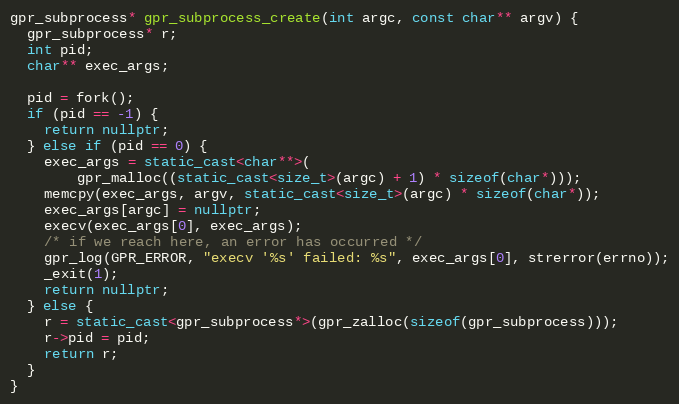
Language: C++
gpr_subprocess* gpr_subprocess_create(int argc, const char** argv) {
  gpr_subprocess* r;
  int pid;
  char** exec_args;

  pid = fork();
  if (pid == -1) {
    return nullptr;
  } else if (pid == 0) {
    exec_args = static_cast<char**>(
        gpr_malloc((static_cast<size_t>(argc) + 1) * sizeof(char*)));
    memcpy(exec_args, argv, static_cast<size_t>(argc) * sizeof(char*));
    exec_args[argc] = nullptr;
    execv(exec_args[0], exec_args);
    /* if we reach here, an error has occurred */
    gpr_log(GPR_ERROR, "execv '%s' failed: %s", exec_args[0], strerror(errno));
    _exit(1);
    return nullptr;
  } else {
    r = static_cast<gpr_subprocess*>(gpr_zalloc(sizeof(gpr_subprocess)));
    r->pid = pid;
    return r;
  }
}